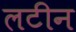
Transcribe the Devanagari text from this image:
लटीन